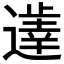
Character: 𲅶